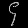
Digit: ၄